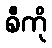
စီကို